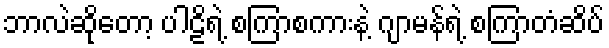
ဘာလဲဆိုတော့ ပါဠိရဲ့ စကြာစကားနဲ့ ဂျာမန်ရဲ့ စကြာတံဆိပ်